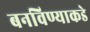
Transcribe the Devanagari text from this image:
बनविण्याकडे